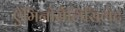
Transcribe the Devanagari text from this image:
ऐमिनोसैलिसिलेट